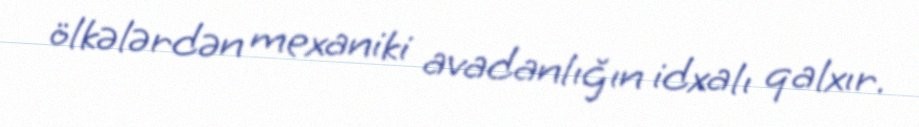
ölkələrdən mexaniki avadanlığın idxalı qalxır.